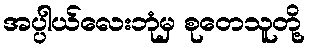
အပ္ပါယ်လေးဘုံမှ စုတေသူတို့